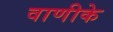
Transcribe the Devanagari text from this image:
वाणीके